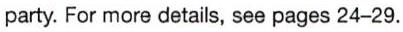
party. For more details, see pages 24-29.